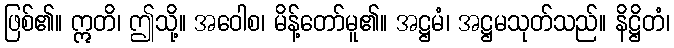
ဖြစ်၏။ ဣတိ၊ ဤသို့။ အဝေါစ၊ မိန့်တော်မူ၏။ အဋ္ဌမံ၊ အဋ္ဌမသုတ်သည်။ နိဋ္ဌိတံ၊